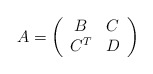
\begin{align*} A = \left(\begin{array}{cc} B & C \\ C^T & D \end{array}\right)\end{align*}